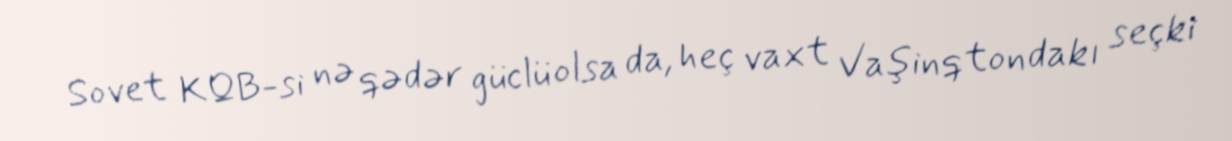
Sovet KQB-si nə qədər güclü olsa da, heç vaxt Vaşinqtondakı seçki